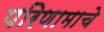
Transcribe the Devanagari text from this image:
परिणामाचे